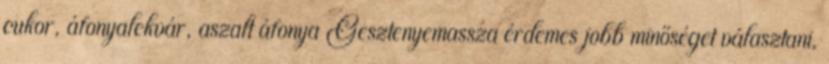
cukor, áfonyalekvár, aszalt áfonya Gesztenyemassza érdemes jobb minőséget választani,